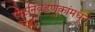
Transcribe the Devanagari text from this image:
पोटनिवडणुकांमधून